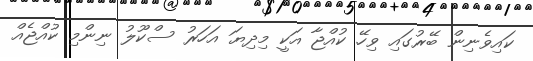
ކައިވެނިން ބޭރުގައި ވިހޭ ކުއްޖާ އަކީ މިދިޔަ އަހަރު ސްކޫލު ނިންމި ކުއްޖެއް